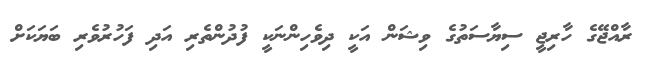
ރާއްޖޭގެ ހާރިޖީ ސިޔާސަތުގެ ވިޝަން އަކީ ދިވެހިންނަކީ ފުދުންތެރި އަދި ފަހުރުވެރި ބަޔަކަށް